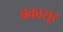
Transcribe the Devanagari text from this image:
बकासूर